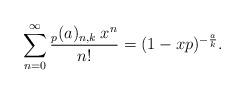
LaTeX: \begin{align*}\sum_{n=0}^{\infty}\frac{_{p}(a)_{n,k}\: x^{n}}{n!}= (1-xp)^{-\frac{a}{k}}. \end{align*}